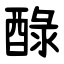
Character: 醁